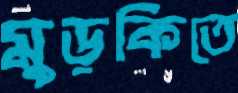
মুড়কিতে